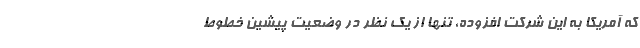
که آمریکا به این شرکت افزوده، تنها از یک نظر در وضعیت پیشین خطوط